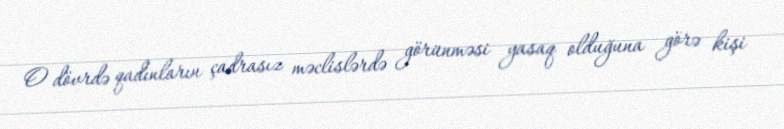
O dövrdə qadınların çadrasız məclislərdə görünməsi yasaq olduğuna görə kişi